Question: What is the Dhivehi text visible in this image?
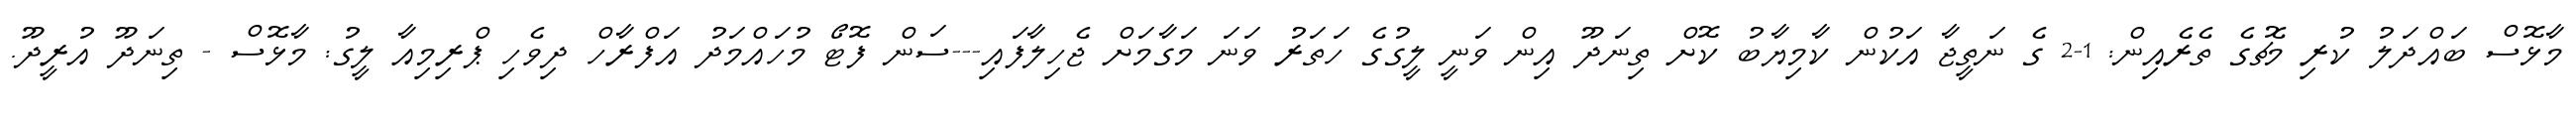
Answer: މާޅޮސް ބައްދަލު ކުރި މެޗުގެ ތެރެއިން: 1-2 ގެ ނަތީޖާ އަކުން ކާމިޔާބު ކޮށް ތިނަދޫ އިން ވަނީ ލީގުގެ ހަތަރު ވަނަ މަގާމަށް ޖެހިލާފައި---ސަން ފޮޓޯ މުހައްމަދު އަފްރާހް ދިވެހި ޕްރިމިއާ ލީގު: މާޅޮސް - ތިނަދޫ އުރީދޫ.